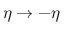
\eta \rightarrow - \eta